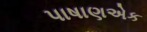
પાષાણએક